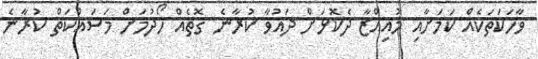
ވާހަކަތަކެއް ކަމަށާއި މުއިއްޒާ ދެކޮޅަށް ދައުވާ ކުރާނެ ގޮތެއް ހޯދުމަށް މަސައްކަތް ކުރާނެ